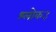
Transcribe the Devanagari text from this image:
श्लोक३